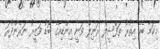
މިކަމާ ބެހޭ އިތުރު ތަފްސީލް ރަނިލް ވަނީ އިންޑިއާގެ ބޮޑު ވަޒީރު ނަރެންދުރަ